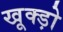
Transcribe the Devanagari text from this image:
खूक्ड़ो